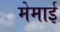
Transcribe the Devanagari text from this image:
मेमाई